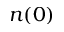
n ( 0 )